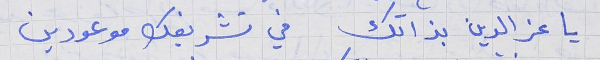
يا عز الدين بذاتك في تشريفك موعودين